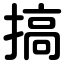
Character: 搞